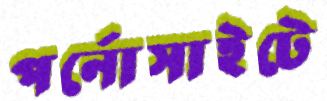
পর্নোসাইটে